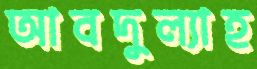
আবদুল্যাহ